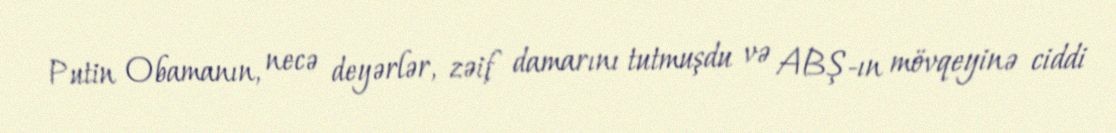
Putin Obamanın, necə deyərlər, zəif damarını tutmuşdu və ABŞ-ın mövqeyinə ciddi